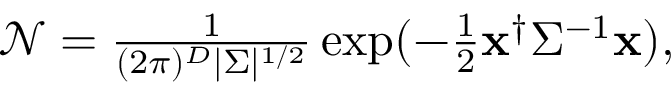
\begin{array} { r } { \mathcal { N } = \frac { 1 } { ( 2 \pi ) ^ { D } | \Sigma | ^ { 1 / 2 } } \exp ( - \frac { 1 } { 2 } { \bf x } ^ { \dagger } \Sigma ^ { - 1 } { \bf x } ) , } \end{array}